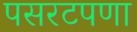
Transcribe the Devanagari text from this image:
पसरटपणा